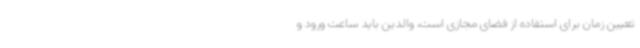
تعیین زمان برای استفاده از فضای مجازی است، والدین باید ساعت ورود و